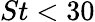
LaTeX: St<30